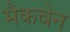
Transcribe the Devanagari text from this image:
मैकवेन